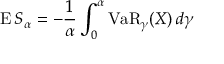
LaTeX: \operatorname { E } S _ { \alpha } = - { \frac { 1 } { \alpha } } \int _ { 0 } ^ { \alpha } \operatorname { V a R } _ { \gamma } ( X ) \, d \gamma